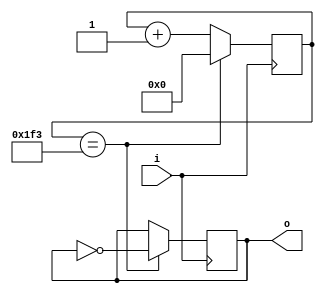
// This program was cloned from: https://github.com/Modos-Labs/Caster
// License: CERN Open Hardware Licence Version 2 - Permissive

// Copyright Wenting Zhang 2024
//
// This source describes Open Hardware and is licensed under the CERN-OHL-P v2
//
// You may redistribute and modify this documentation and make products using
// it under the terms of the CERN-OHL-P v2 (https:/cern.ch/cern-ohl). This
// documentation is distributed WITHOUT ANY EXPRESS OR IMPLIED WARRANTY,
// INCLUDING OF MERCHANTABILITY, SATISFACTORY QUALITY AND FITNESS FOR A
// PARTICULAR PURPOSE. Please see the CERN-OHL-P v2 for applicable conditions
//
// clk_div.v
// Basic clock divider
`timescale 1ns / 1ps
`default_nettype wire
module clk_div(
    input i,
    output reg o = 0
    );

    parameter WIDTH = 15, DIV = 1000;
    
    reg [WIDTH - 1:0] counter = 0;
    
    always @(posedge i)
    begin
        if (counter == (DIV / 2 - 1)) begin
            o <= ~o;
            counter <= 0;
        end
        else
            counter <= counter + 1'b1;
    end
endmodule